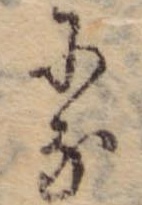
にな